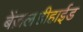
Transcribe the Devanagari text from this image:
बेंज़लडीहाईड